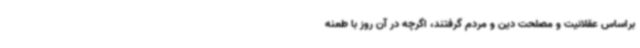
براساس عقلانیت و مصلحت دین و مردم گرفتند، اگرچه در آن روز با طعنه